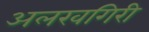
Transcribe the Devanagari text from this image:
अलखगिरी